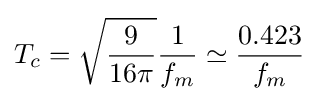
T_{c}={\sqrt {\frac {9}{16\pi }}}{\frac {1}{f_{m}}}\simeq {\frac {0.423}{f_{m}}}